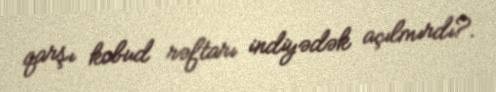
qarşı kobud rəftarı indiyədək açılmırdı?.